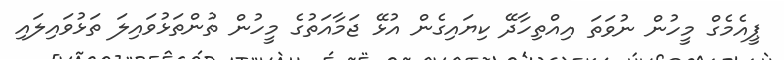
ޕީއެމެގް މީހުން ނުވަތަ އިއްތިހާދޭ ކިޔައިގެން އުޅޭ ޖަމާއަތުގެ މީހުން ތުންތަޅުވައިލަ ތަޅުވައިލައި